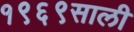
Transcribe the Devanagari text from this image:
१९६९साली